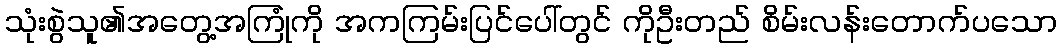
သုံးစွဲသူ၏အတွေ့အကြုံကို အကကြမ်းပြင်ပေါ်တွင် ကိုဦးတည် စိမ်းလန်းတောက်ပသော